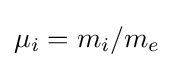
\mu _{i}=m_{i}/m_{e}